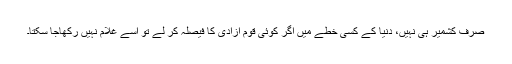
صرف کشمیر ہی نہیں، دنیا کے کسی خطے میں اگر کوئی قوم آزادی کا فیصلہ کر لے تو اسے غلام نہیں رکھاجا سکتا۔